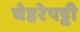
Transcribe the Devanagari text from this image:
चेहरेपट्टी